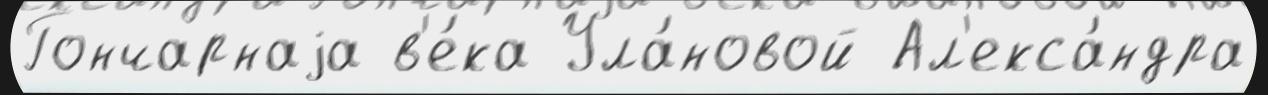
Гончарнаjа в'е́ка Ула́новой Ал'екса́ндра